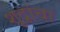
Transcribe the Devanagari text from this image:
शूद्रांचा